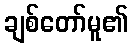
ချစ်တော်မူ၏